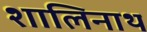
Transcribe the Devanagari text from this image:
शालिनाथ